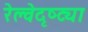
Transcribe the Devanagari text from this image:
रेल्वेदृष्ट्या